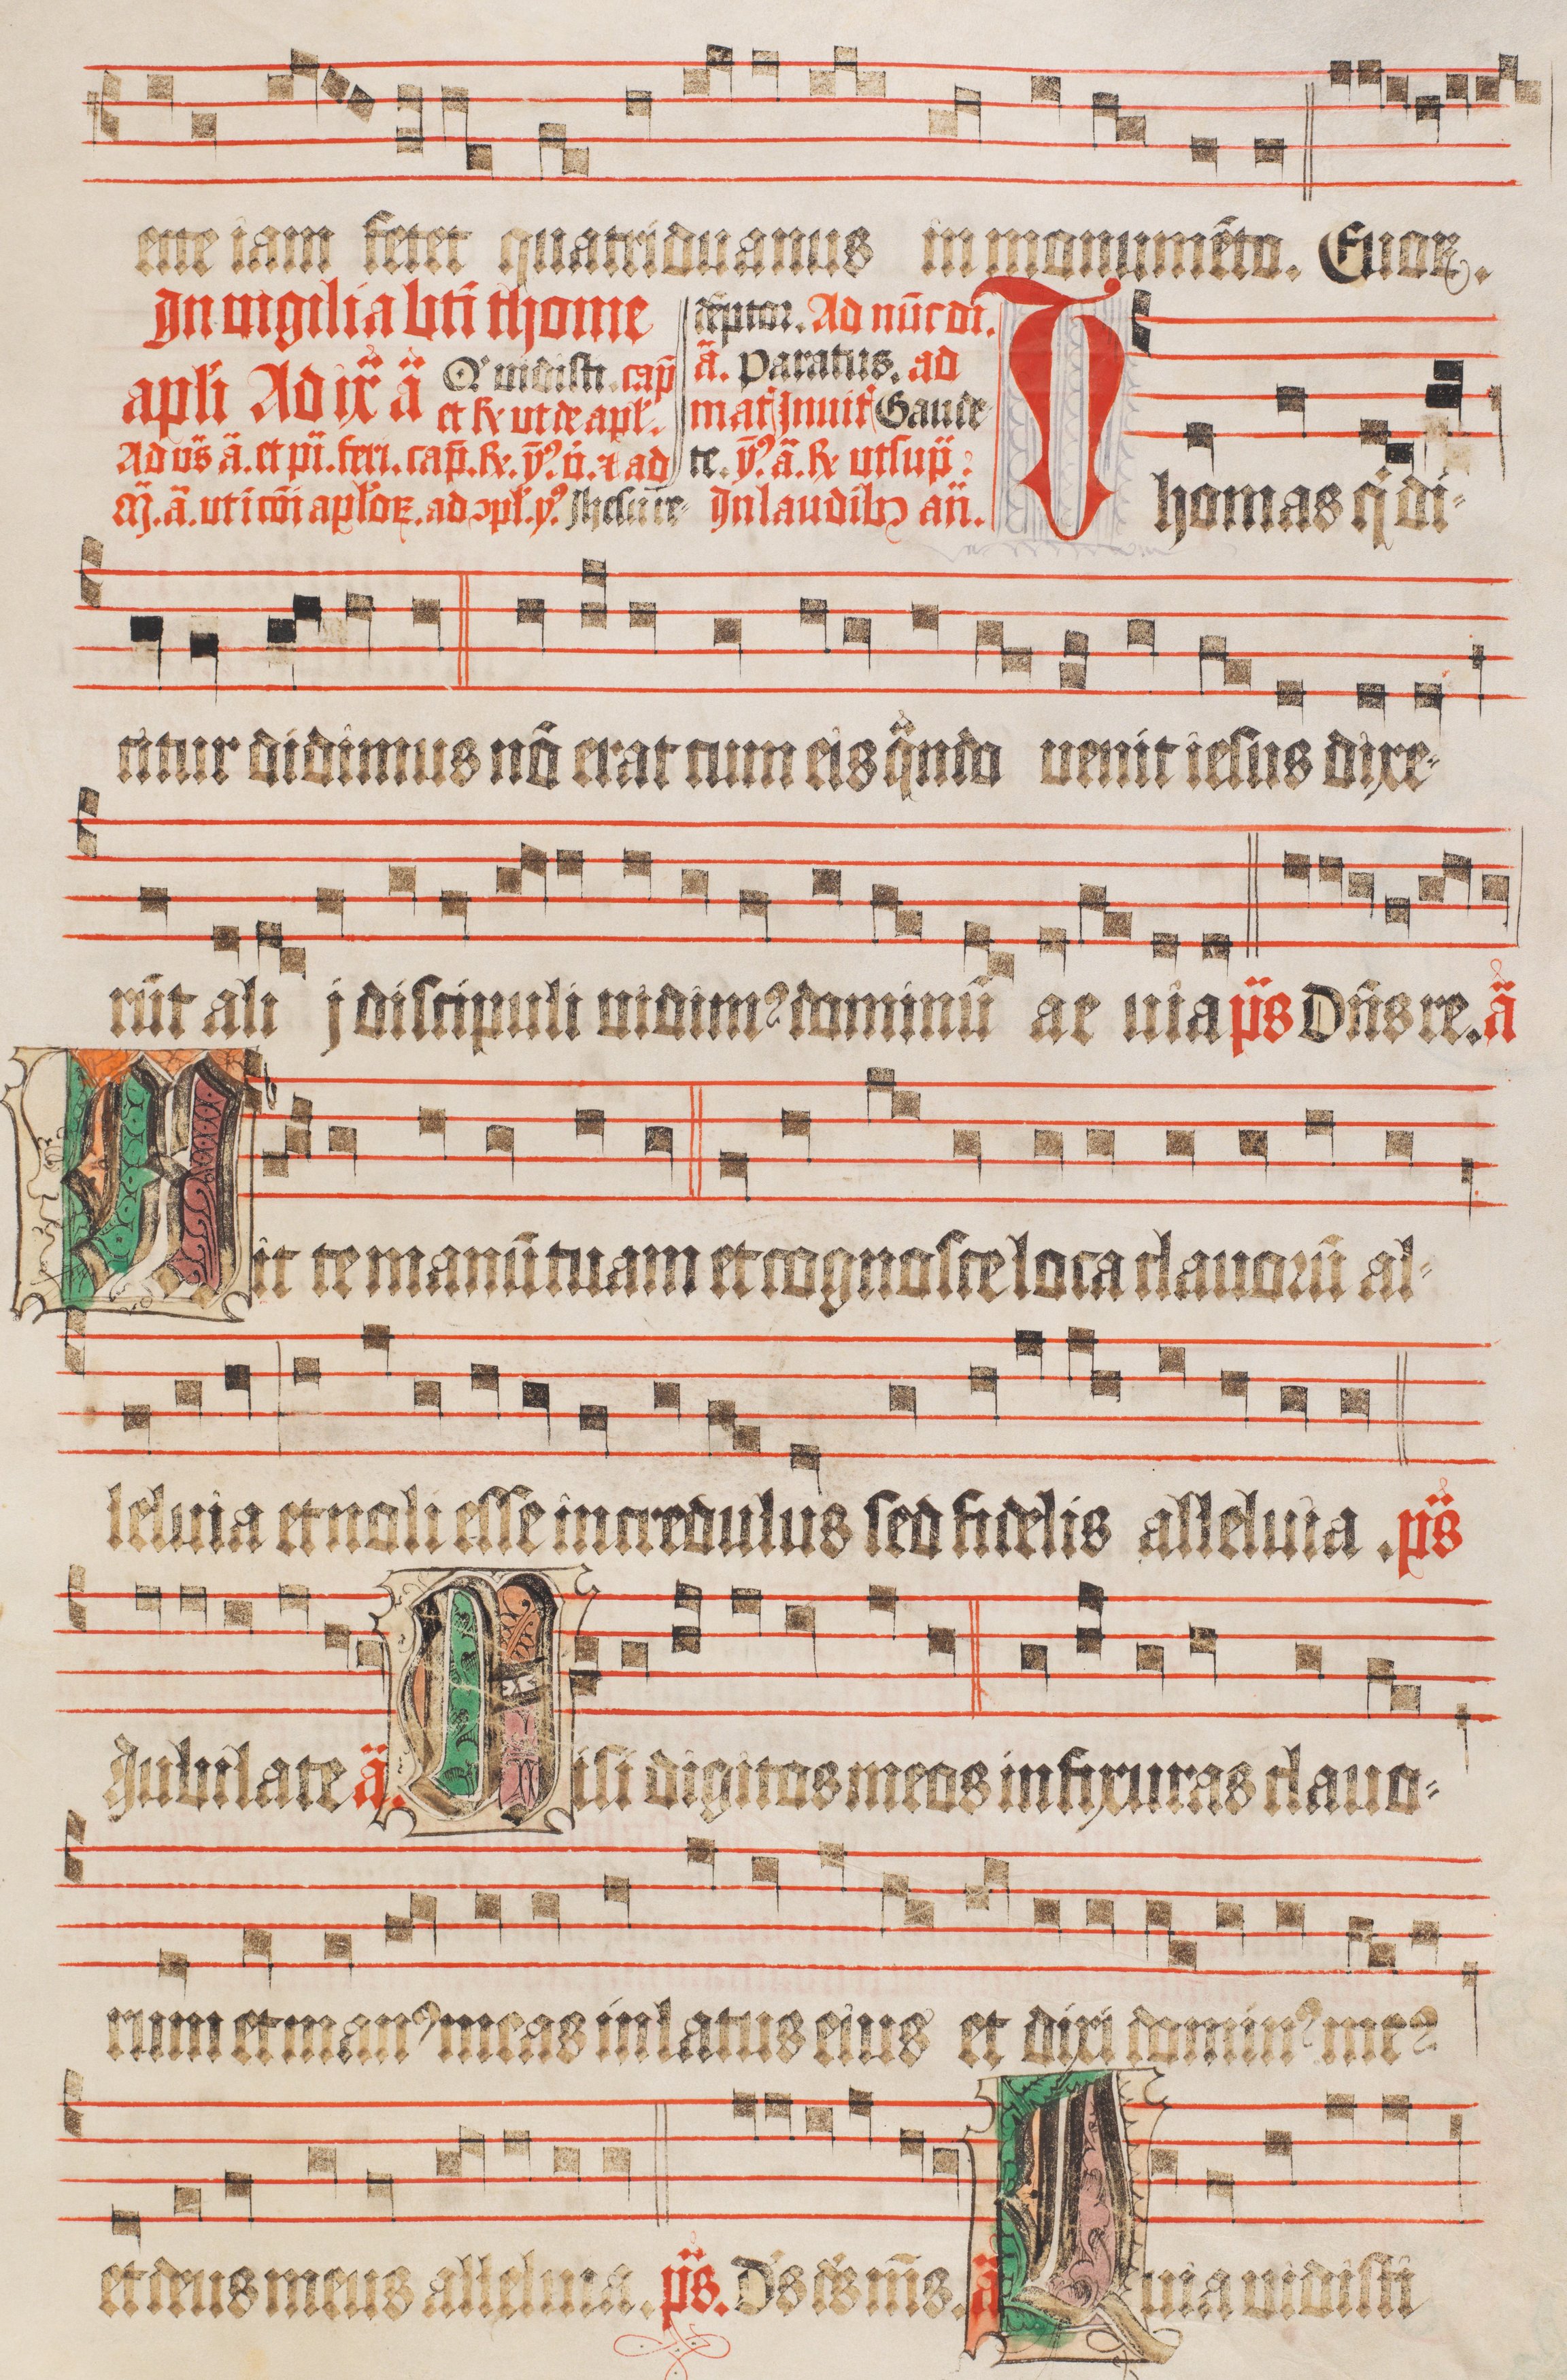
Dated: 1510–1517